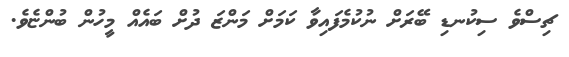
ޗިސްވެ ސިކުނޑި ބޭރަށް ނުކުމެފައިވާ ކަމަށް މަންޒަ ދުށް ބައެއް މީހުން ބުންޏެވެ.